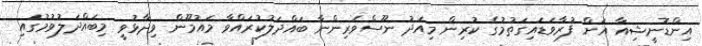
އިންޑޮނީޝިއާ އަށް ފުރާވަޑައިގަތުމުގެ ކުރިން މިއަދު ނޫސްވެރިންނާ ބައްދަލުކުރައްވާ މައުމޫން ވިދާޅުވީ މިބައްދަލުވުމުގައި